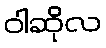
ဝါဆိုလ